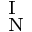
_ { \mathrm { ~ N ~ } } ^ { \mathrm { ~ I ~ } }